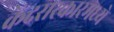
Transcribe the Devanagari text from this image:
केंद्रसरकारमध्ये